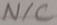
Text: N/C